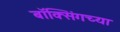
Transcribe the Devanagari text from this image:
बॉक्सिंगच्या